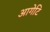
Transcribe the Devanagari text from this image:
आगेटि